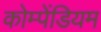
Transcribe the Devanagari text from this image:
कोम्पेंडियम